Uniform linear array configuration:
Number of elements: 8
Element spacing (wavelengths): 0.75
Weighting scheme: binomial
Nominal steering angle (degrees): -60
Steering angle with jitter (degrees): -58.592
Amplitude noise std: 0.05
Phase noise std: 0.05

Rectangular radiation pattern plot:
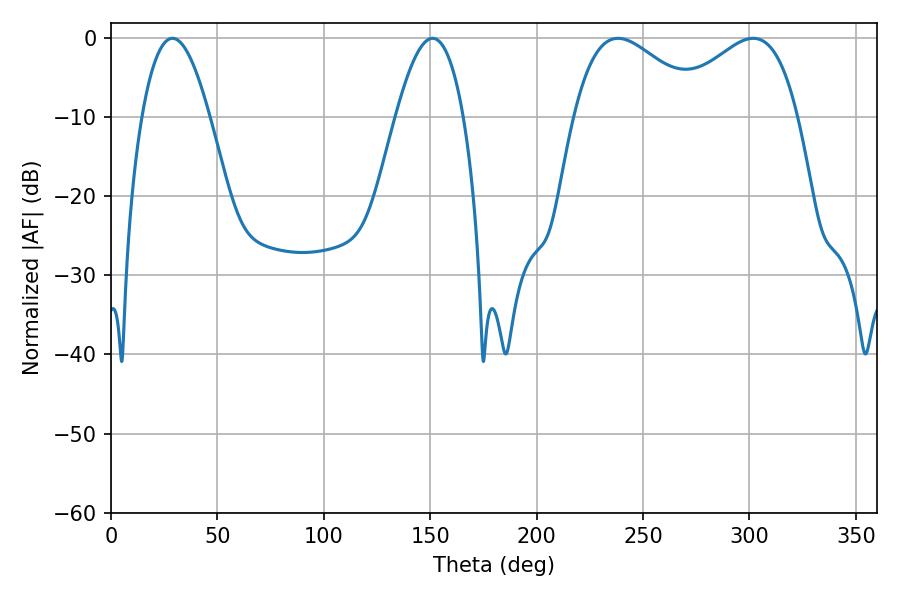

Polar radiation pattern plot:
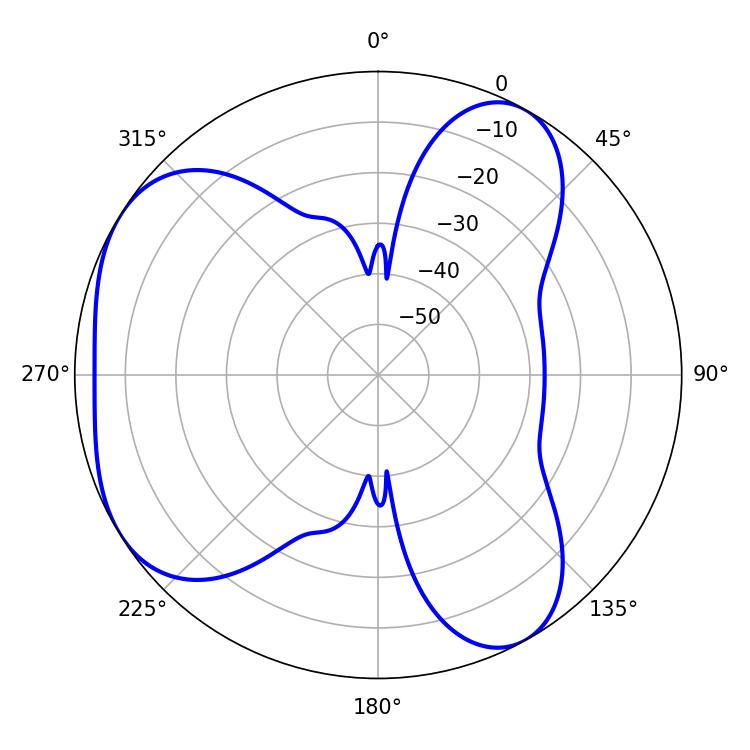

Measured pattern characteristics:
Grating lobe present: TRUE
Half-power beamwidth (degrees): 33.12
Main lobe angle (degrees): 238.32